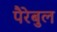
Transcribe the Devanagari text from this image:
पैरेबुल